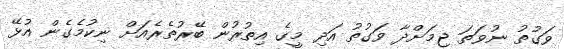
ވަގުތު ނުވަތަ ޖިމަށްދާ ވަގުތު އަދި މީގެ އިތުރުން ބޭރުތެރެއަށް ނިކުމެގެން އުޅޭ